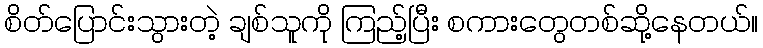
စိတ်ပြောင်းသွားတဲ့ ချစ်သူကို ကြည့်ပြီး စကားတွေတစ်ဆို့နေတယ်။